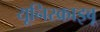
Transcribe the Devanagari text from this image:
यूनिस्क्राइबू